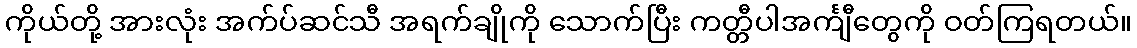
ကိုယ်တို့ အားလုံး အက်ပ်ဆင်သီ အရက်ချိုကို သောက်ပြီး ကတ္တီပါအင်္ကျီတွေကို ဝတ်ကြရတယ်။